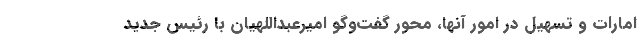
امارات و تسهیل در امور آنها، محور گفت‌وگو امیرعبداللهیان با رئیس جدید